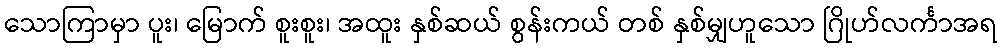
သောကြာမှာ ပူး၊ မြောက် စူးစူး၊ အထူး နှစ်ဆယ် စွန်းကယ် တစ် နှစ်မျှဟူသော ဂြိုဟ်လင်္ကာအရ